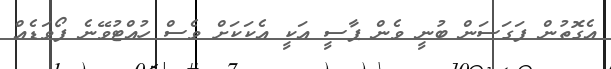
އެގޮތުން ފަގަސަން ބުނީ ވެން ޕާސީ އަކީ އެކަކަށް ވެސް ހުއްޓުވޭނެ ފޯވަޑެއް